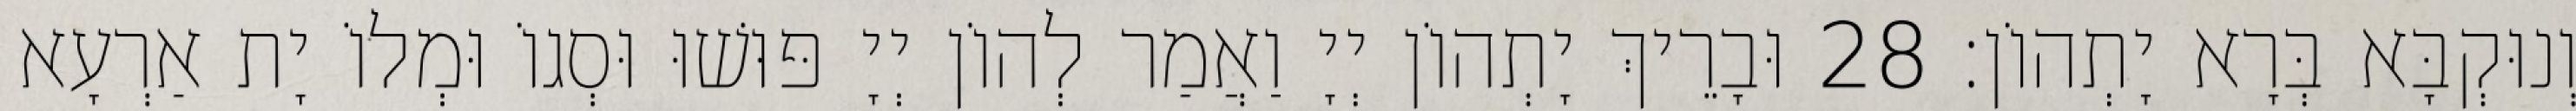
וְנוּקְבָּא בְּרָא יָתְהוֹן׃ 28 וּבָרֵיךְ יָתְהוֹן יְיָ וַאֲמַר לְהוֹן יְיָ פּוּשׁוּ וּסְגוֹ וּמְלוֹ יָת אַרְעָא